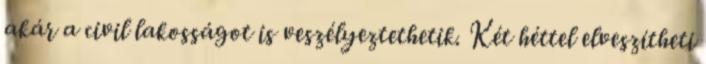
akár a civil lakosságot is veszélyeztethetik. Két héttel elveszítheti